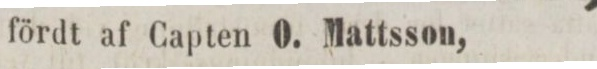
fördt af Capten O. Mattsson,